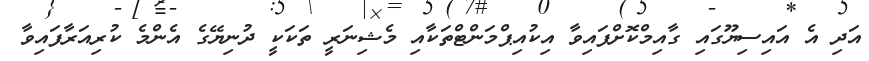
އަދި އެ އައިސިޔޫގައި ގާއިމްކޮށްފައިވާ އިކުއިޕްމަންޓްތަކާއި މެޝިނަރީ ތަކަކީ ދުނިޔޭގެ އެންމެ ކުރިއަރާފައިވާ